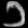
Digit: ၁